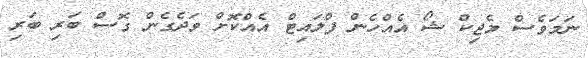
ނަމަވެސް މެޖިކް ޝޯ އެއްހެން ފްލައިޓް އެއްކޮށް ވަދެގެން ގޮސް ބަރި ބަރި